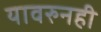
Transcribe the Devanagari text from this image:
यावरुनही